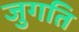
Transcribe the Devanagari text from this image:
जुगति